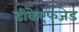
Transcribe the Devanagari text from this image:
डीकेएफजेड